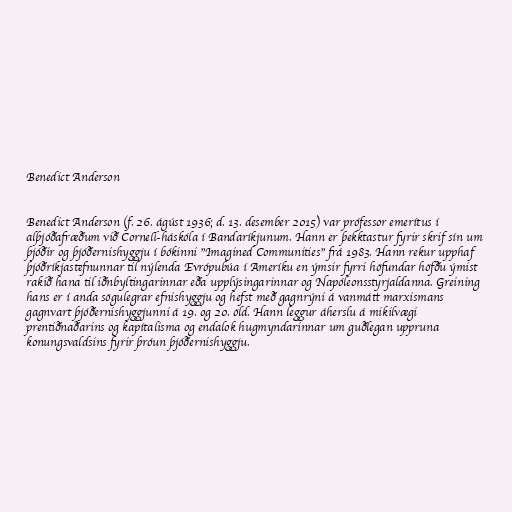
Benedict Anderson

Benedict Anderson (f. 26. ágúst 1936; d. 13. desember 2015) var prófessor emerítus í
alþjóðafræðum við Cornell-háskóla í Bandaríkjunum. Hann er þekktastur fyrir skrif sín um
þjóðir og þjóðernishyggju í bókinni "Imagined Communities" frá 1983. Hann rekur upphaf
þjóðríkjastefnunnar til nýlenda Evrópubúa í Ameríku en ýmsir fyrri höfundar höfðu ýmist
rakið hana til iðnbyltingarinnar eða upplýsingarinnar og Napóleonsstyrjaldanna. Greining
hans er í anda sögulegrar efnishyggju og hefst með gagnrýni á vanmátt marxismans
gagnvart þjóðernishyggjunni á 19. og 20. öld. Hann leggur áherslu á mikilvægi
prentiðnaðarins og kapítalisma og endalok hugmyndarinnar um guðlegan uppruna
konungsvaldsins fyrir þróun þjóðernishyggju.